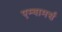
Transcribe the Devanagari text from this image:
एम्बामर्स